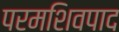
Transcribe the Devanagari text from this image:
परमशिवपाद